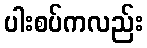
ပါးစပ်ကလည်း